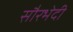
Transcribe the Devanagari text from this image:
सौरभेदी